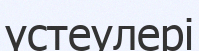
үстеулері